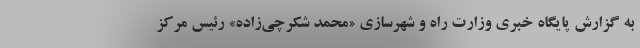
به گزارش پایگاه خبری وزارت راه و شهرسازی «محمد شکرچی‌زاده» رئیس مرکز